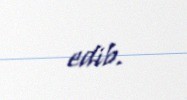
edib.